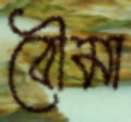
বৌমা